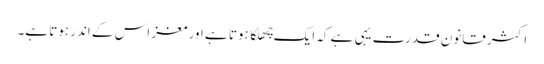
اکثر قانون قدرت یہی ہے کہ ایک چِھلکا ہوتا ہے اور مغز اس کے اندر ہوتا ہے۔